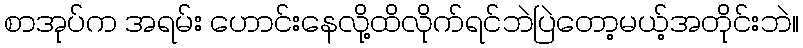
စာအုပ်က အရမ်း ဟောင်းနေလို့ထိလိုက်ရင်ဘဲပြဲတော့မယ့်အတိုင်းဘဲ။